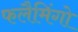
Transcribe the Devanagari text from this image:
फलैमिंगो